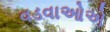
વડવાઓએ